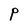
Character: P